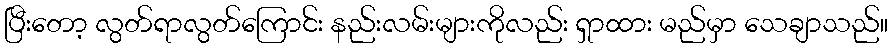
ပြီးတော့ လွတ်ရာလွတ်ကြောင်း နည်းလမ်းများကိုလည်း ရှာထား မည်မှာ သေချာသည်။